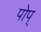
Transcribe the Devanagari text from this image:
पोप्